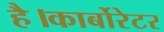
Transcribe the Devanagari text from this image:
है।कार्बोरेटर